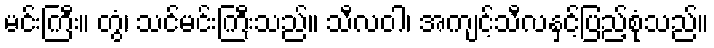
မင်းကြီး။ တွံ၊ သင်မင်းကြီးသည်။ သီလဝါ၊ အကျင့်သီလနှင့်ပြည့်စုံသည်။